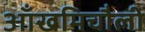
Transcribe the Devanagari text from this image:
आँखमिचौली